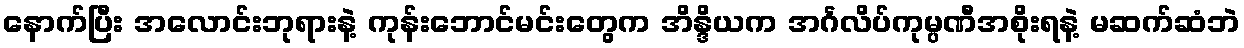
နောက်ပြီး အလောင်းဘုရားနဲ့ ကုန်းဘောင်မင်းတွေက အိန္ဒိယက အင်္ဂလိပ်ကုမ္ပဏီအစိုးရနဲ့ မဆက်ဆံဘဲ